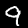
Label: 9